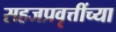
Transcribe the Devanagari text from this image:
सहजप्रवृत्तींच्या